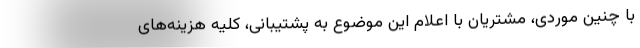
با چنین موردی، مشتریان با اعلام این موضوع به پشتیبانی، کلیه هزینه‌های